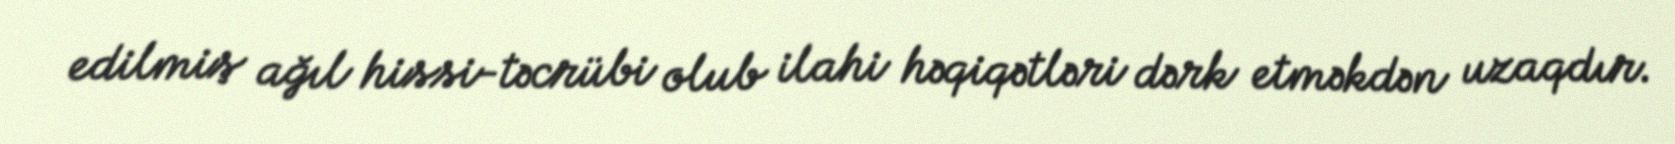
edilmiş ağıl hissi-təcrübi olub ilahi həqiqətləri dərk etməkdən uzaqdır.